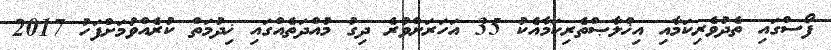
ފޯސްގައި ތެދުވެރިކަމާއި އިޚްލާޞްތެރިކަމާއެކު 35 އަހަރަށްވުރެ ދިގު މުއްދަތެއްގައި ޚިދުމަތް ކުރެއްވުމަށްފަހު 2017